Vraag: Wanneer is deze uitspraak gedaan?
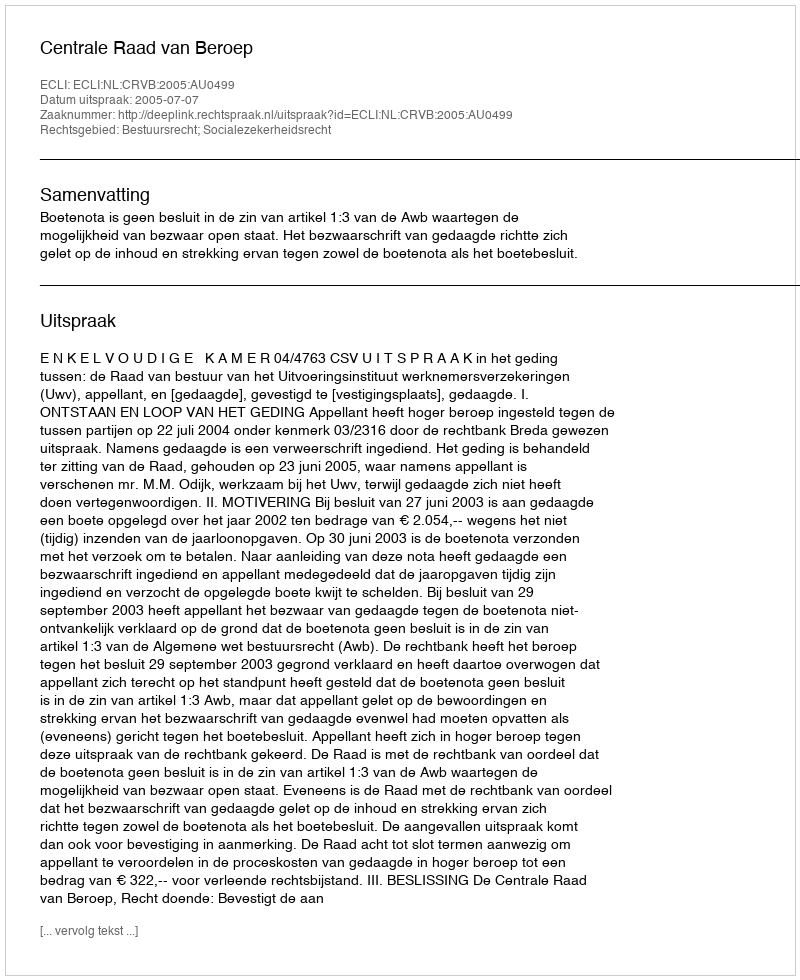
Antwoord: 2005-07-07